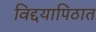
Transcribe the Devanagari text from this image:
विद्दयापिठात